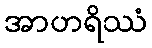
အာဟရိဿံ